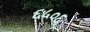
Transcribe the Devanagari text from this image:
६५०६